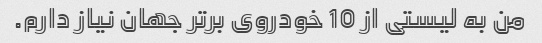
من به لیستی از 10 خودروی برتر جهان نیاز دارم.